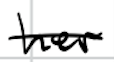
Text: her
Cross-out: mix
Writing tool: digital_black